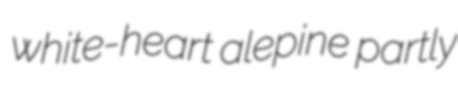
white-heart alepine partly